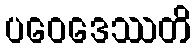
ပဝေဒေဿတိ